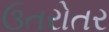
ઉતરોતર